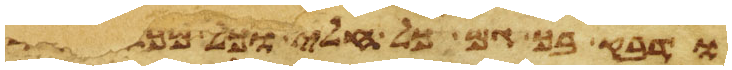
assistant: ודבק בך גם כל חלי וכל מכה